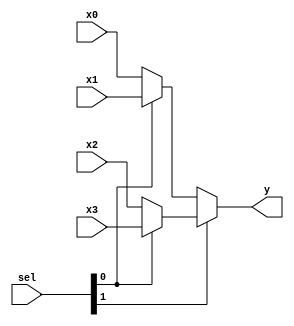
module mux4 #(parameter WIDTH=32) (
    input wire [WIDTH-1:0] x0, x1, x2, x3,
    input wire [1:0] sel,

    output wire [WIDTH-1:0] y
);
    assign y = sel[1] ? (sel[0] ? x3: x2):
                        (sel[0] ? x1: x0);
    
endmodule